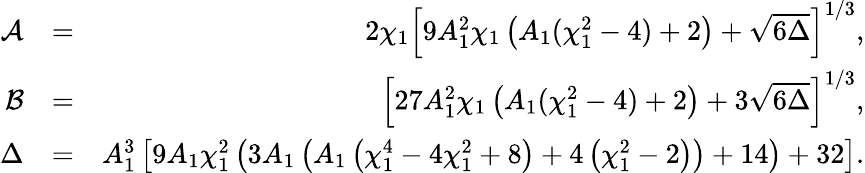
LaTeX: \begin{array}{rlr}{\mathcal{A}}&{=}&{2\chi_{1}\left[9A_{1}^{2}\chi_{1}\left(A_{1}(\chi_{1}^{2}-4)+2\right)+\sqrt{6\Delta}\right]^{1/3},}\\ {\mathcal{B}}&{=}&{\left[27A_{1}^{2}\chi_{1}\left(A_{1}(\chi_{1}^{2}-4)+2\right)+3\sqrt{6\Delta}\right]^{1/3},}\\ {\Delta}&{=}&{A_{1}^{3}\left[9A_{1}\chi_{1}^{2}\left(3A_{1}\left(A_{1}\left(\chi_{1}^{4}-4\chi_{1}^{2}+8\right)+4\left(\chi_{1}^{2}-2\right)\right)+14\right)+32\right].}\end{array}